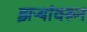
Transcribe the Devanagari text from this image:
झऱ्यांवरून